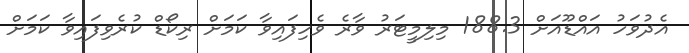
އެދުވަހު އައްޑޫއަށް 188.3 މިލިމީޓަރު ވާރެ ވެހިފައިވާ ކަމަށް ރިކޯޑް ކުރެވިފައިވާ ކަމަށް